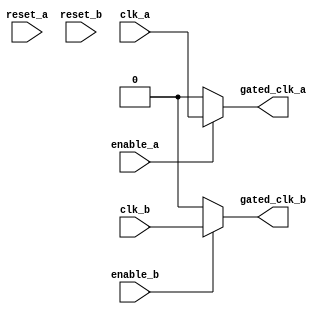
module clock_gating (
    input wire clk_a,
    input wire clk_b,
    input wire enable_a,
    input wire enable_b,
    input wire reset_a,
    input wire reset_b,
    output wire gated_clk_a,
    output wire gated_clk_b
);
    // Clock gating logic for memory block A
    assign gated_clk_a = enable_a ? clk_a : 1'b0;

    // Clock gating logic for memory block B
    assign gated_clk_b = enable_b ? clk_b : 1'b0;

endmodule